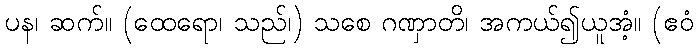
ပန၊ ဆက်။ (ထေရော၊ သည်၊) သစေ ဂဏှာတိ၊ အကယ်၍ယူအံ့။ (ဧဝံ